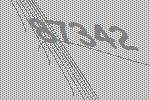
87342